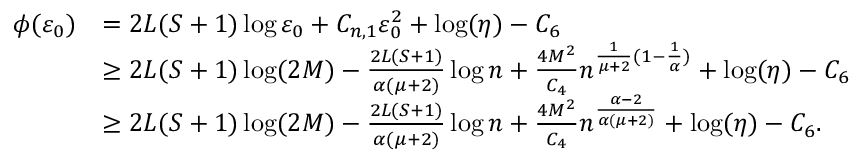
\begin{array} { r l } { \phi ( \varepsilon _ { 0 } ) } & { = 2 L ( S + 1 ) \log \varepsilon _ { 0 } + C _ { n , 1 } \varepsilon _ { 0 } ^ { 2 } + \log ( \eta ) - C _ { 6 } } \\ & { \geq 2 L ( S + 1 ) \log ( 2 M ) - \frac { 2 L ( S + 1 ) } { \alpha ( \mu + 2 ) } \log n + \frac { 4 { M } ^ { 2 } } { C _ { 4 } } n ^ { \frac { 1 } { \mu + 2 } ( 1 - \frac { 1 } { \alpha } ) } + \log ( \eta ) - C _ { 6 } } \\ & { \ge 2 L ( S + 1 ) \log ( 2 M ) - \frac { 2 L ( S + 1 ) } { \alpha ( \mu + 2 ) } \log n + \frac { 4 { M } ^ { 2 } } { C _ { 4 } } n ^ { \frac { \alpha - 2 } { \alpha ( \mu + 2 ) } } + \log ( \eta ) - C _ { 6 } . } \end{array}